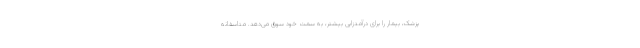
پزشک، بیمار را برای درآمدزایی بیشتر، به سمت خود سوق می‌دهد. متاسفانه